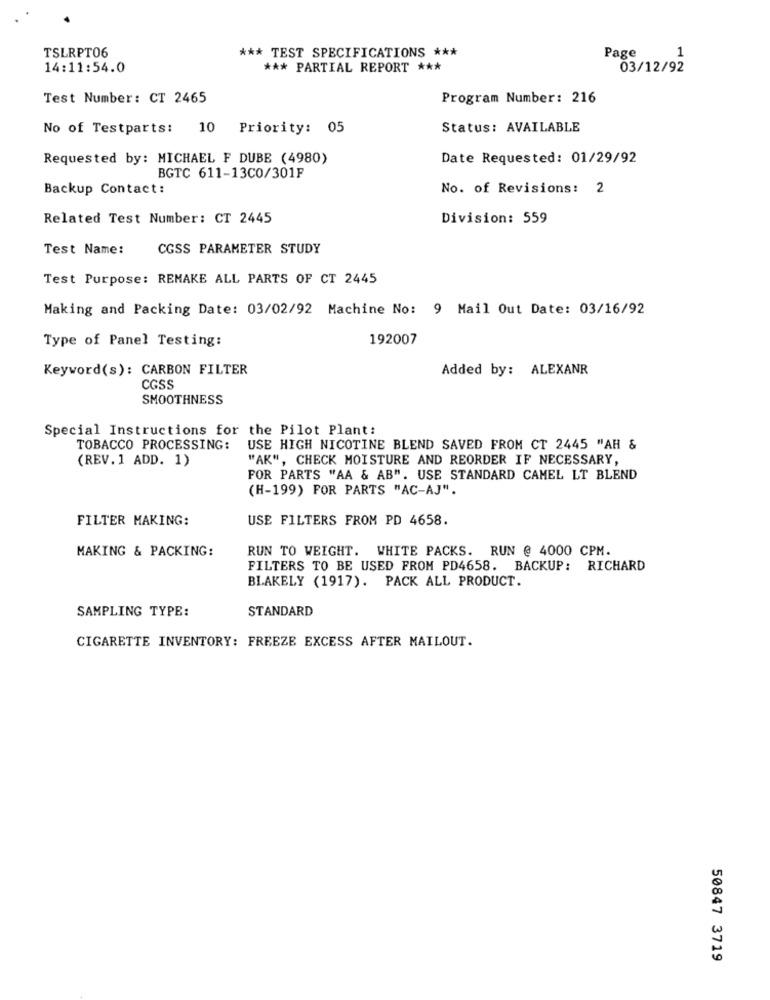
TSLRPT06
*** TEST SPECIFICATIONS ***
1
Page
14:11:54.0
*** PARTIAL REPORT ***
03/12/92
Test Number: CT 2465
Program Number: 216
No of Testparts: 10 Priority: 05
Status: AVAILABLE
Requested by: MICHAEL F DUBE (4980)
Date Requested: 01/29/92
BGTC 611-13CO/301F
Backup Contact:
No. of Revisions: 2
Related Test Number: CT 2445
Division: 559
Test Name:
CGSS PARAMETER STUDY
Test Purpose: REMAKE ALL PARTS OF CT 2445
Making and Packing Date: 03/02/92 Machine No: 9 Mail Out Date: 03/16/92
Type of Panel Testing:
192007
Keyword(s): CARBON FILTER
Added by: ALEXANR
CGSS
SMOOTHNESS
Special Instructions for the Pilot Plant:
TOBACCO PROCESSING:
USE HIGH NICOTINE BLEND SAVED FROM CT 2445 "AH &
(REV.1 ADD. 1)
"AK", CHECK MOISTURE AND REORDER IF NECESSARY,
FOR PARTS "AA & AB". USE STANDARD CAMEL LT BLEND
(H-199) FOR PARTS "AC-AJ".
FILTER MAKING:
USE FILTERS FROM PD 4658.
MAKING & PACKING:
RUN TO WEIGHT. WHITE PACKS. RUN @ 4000 CPM.
FILTERS TO BE USED FROM PD4658. BACKUP: RICHARD
BLAKELY (1917). PACK ALL PRODUCT.
SAMPLING TYPE:
STANDARD
CIGARETTE INVENTORY: FREEZE EXCESS AFTER MAILOUT.
50847 3719